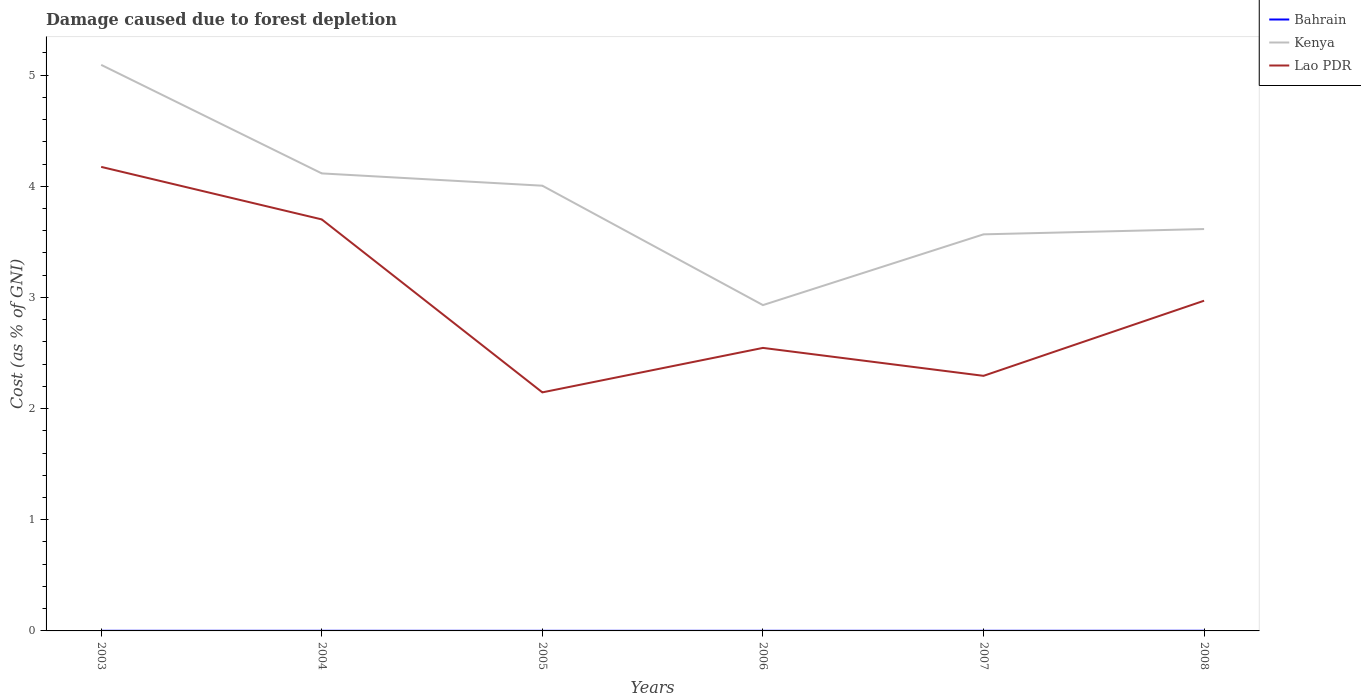
| Years | Bahrain | Kenya | Lao PDR |
 | --- | --- | --- | --- |
 | 2003 | 0.00113 | 5.09 | 4.17 |
 | 2004 | 0.00108 | 4.12 | 3.7 |
 | 2005 | 0.000882 | 4.01 | 2.15 |
 | 2006 | 0.000982 | 2.93 | 2.55 |
 | 2007 | 0.00116 | 3.57 | 2.29 |
 | 2008 | 0.00139 | 3.62 | 2.97 |